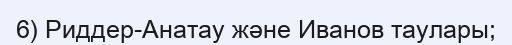
6) Риддер-Анатау және Иванов таулары;